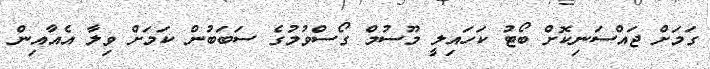
ގަމަށް ޖައްސަނިކޮށް ބޯޓު ކަހައިލީ މޫސުމް ގޯސްވުމުގެ ސަބަބުން ކަމަށް ވިލާ އެއާއިން